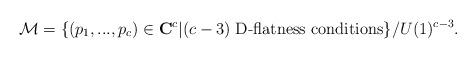
LaTeX: \begin{align*}{\cal M}=\{(p_1,...,p_c) \in {\bf C}^c|(c-3) \; \mbox{D-flatness conditions}\}/U(1)^{c-3}.\end{align*}